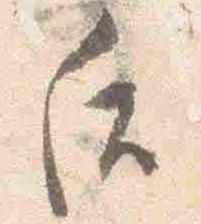
后